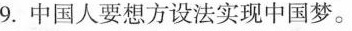
9.中国人要想方设法实现中国梦.。